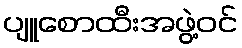
ပျူစောထီးအဖွဲ့ဝင်